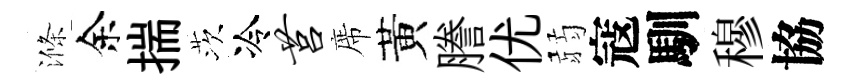
滌余揣茨冷莒席黃謄优弱寇馴穆協